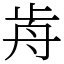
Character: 歬